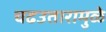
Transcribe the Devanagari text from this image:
चढउतारामुळे